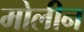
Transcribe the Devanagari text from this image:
मोलीन